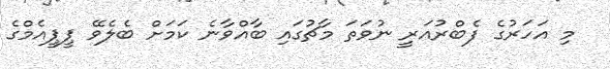
މި އަހަރުގެ ފެބްރުއަރީ ނުވަތަ މާޗުގައި ބާއްވާނެ ކަމަށް ބެލެވޭ ޕީޕީއެމްގެ